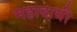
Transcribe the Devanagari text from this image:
महादायी